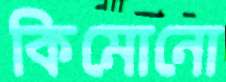
কিমোনো